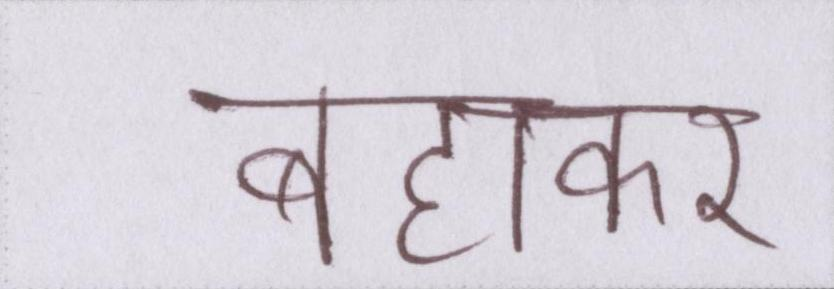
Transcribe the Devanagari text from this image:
बहाकर